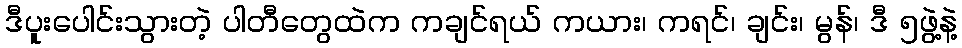
ဒီပူးပေါင်းသွားတဲ့ ပါတီတွေထဲက ကချင်ရယ် ကယား၊ ကရင်၊ ချင်း၊ မွန်၊ ဒီ ၅ဖွဲ့နဲ့